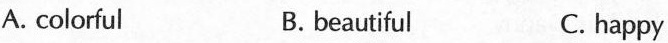
A. colorful B.beautiful C. happy